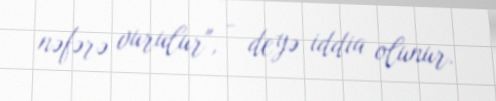
nəfərə vurulur", - deyə iddia olunur.